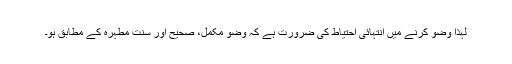
لہٰذا وضو کرنے میں انتہائی احتیاط کی ضرورت ہے کہ وضو مکمل، صحیح اور سنت مطہرہ کے مطابق ہو۔